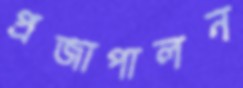
প্রজাপালন